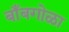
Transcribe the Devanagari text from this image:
बाँबगोळा